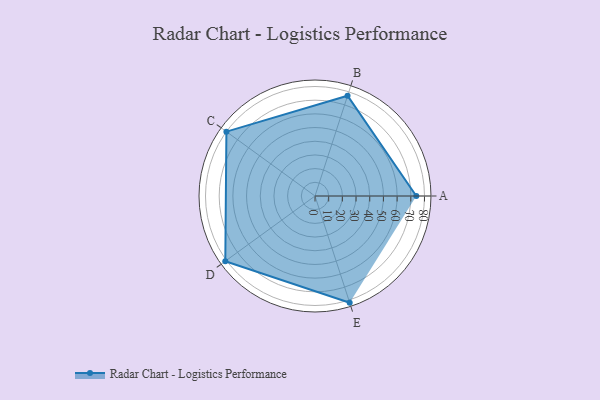
{"axis": {"x": "Skill", "y": "Score"}, "legend": ["Profile"], "data": [{"x": "A", "y": 74.0, "type": "Profile"}, {"x": "B", "y": 77.0, "type": "Profile"}, {"x": "C", "y": 80.0, "type": "Profile"}, {"x": "D", "y": 81.0, "type": "Profile"}, {"x": "E", "y": 82.0, "type": "Profile"}]}